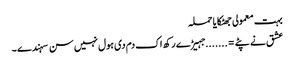
بہت معمولی جھٹکایا حملہ
عشق نے پٹے =.......جہیڑے رکھ اک دم دی ہول نہیں سن سہندے ۔